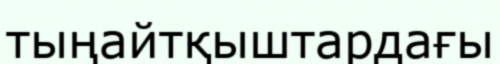
тыңайтқыштардағы